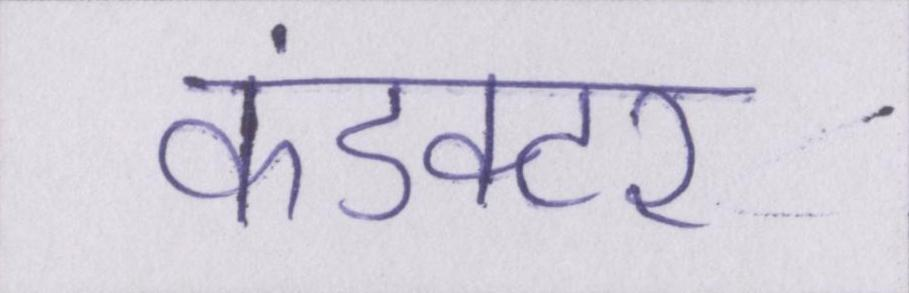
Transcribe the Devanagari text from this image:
कंडक्टर